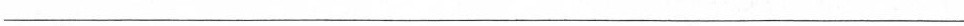
___